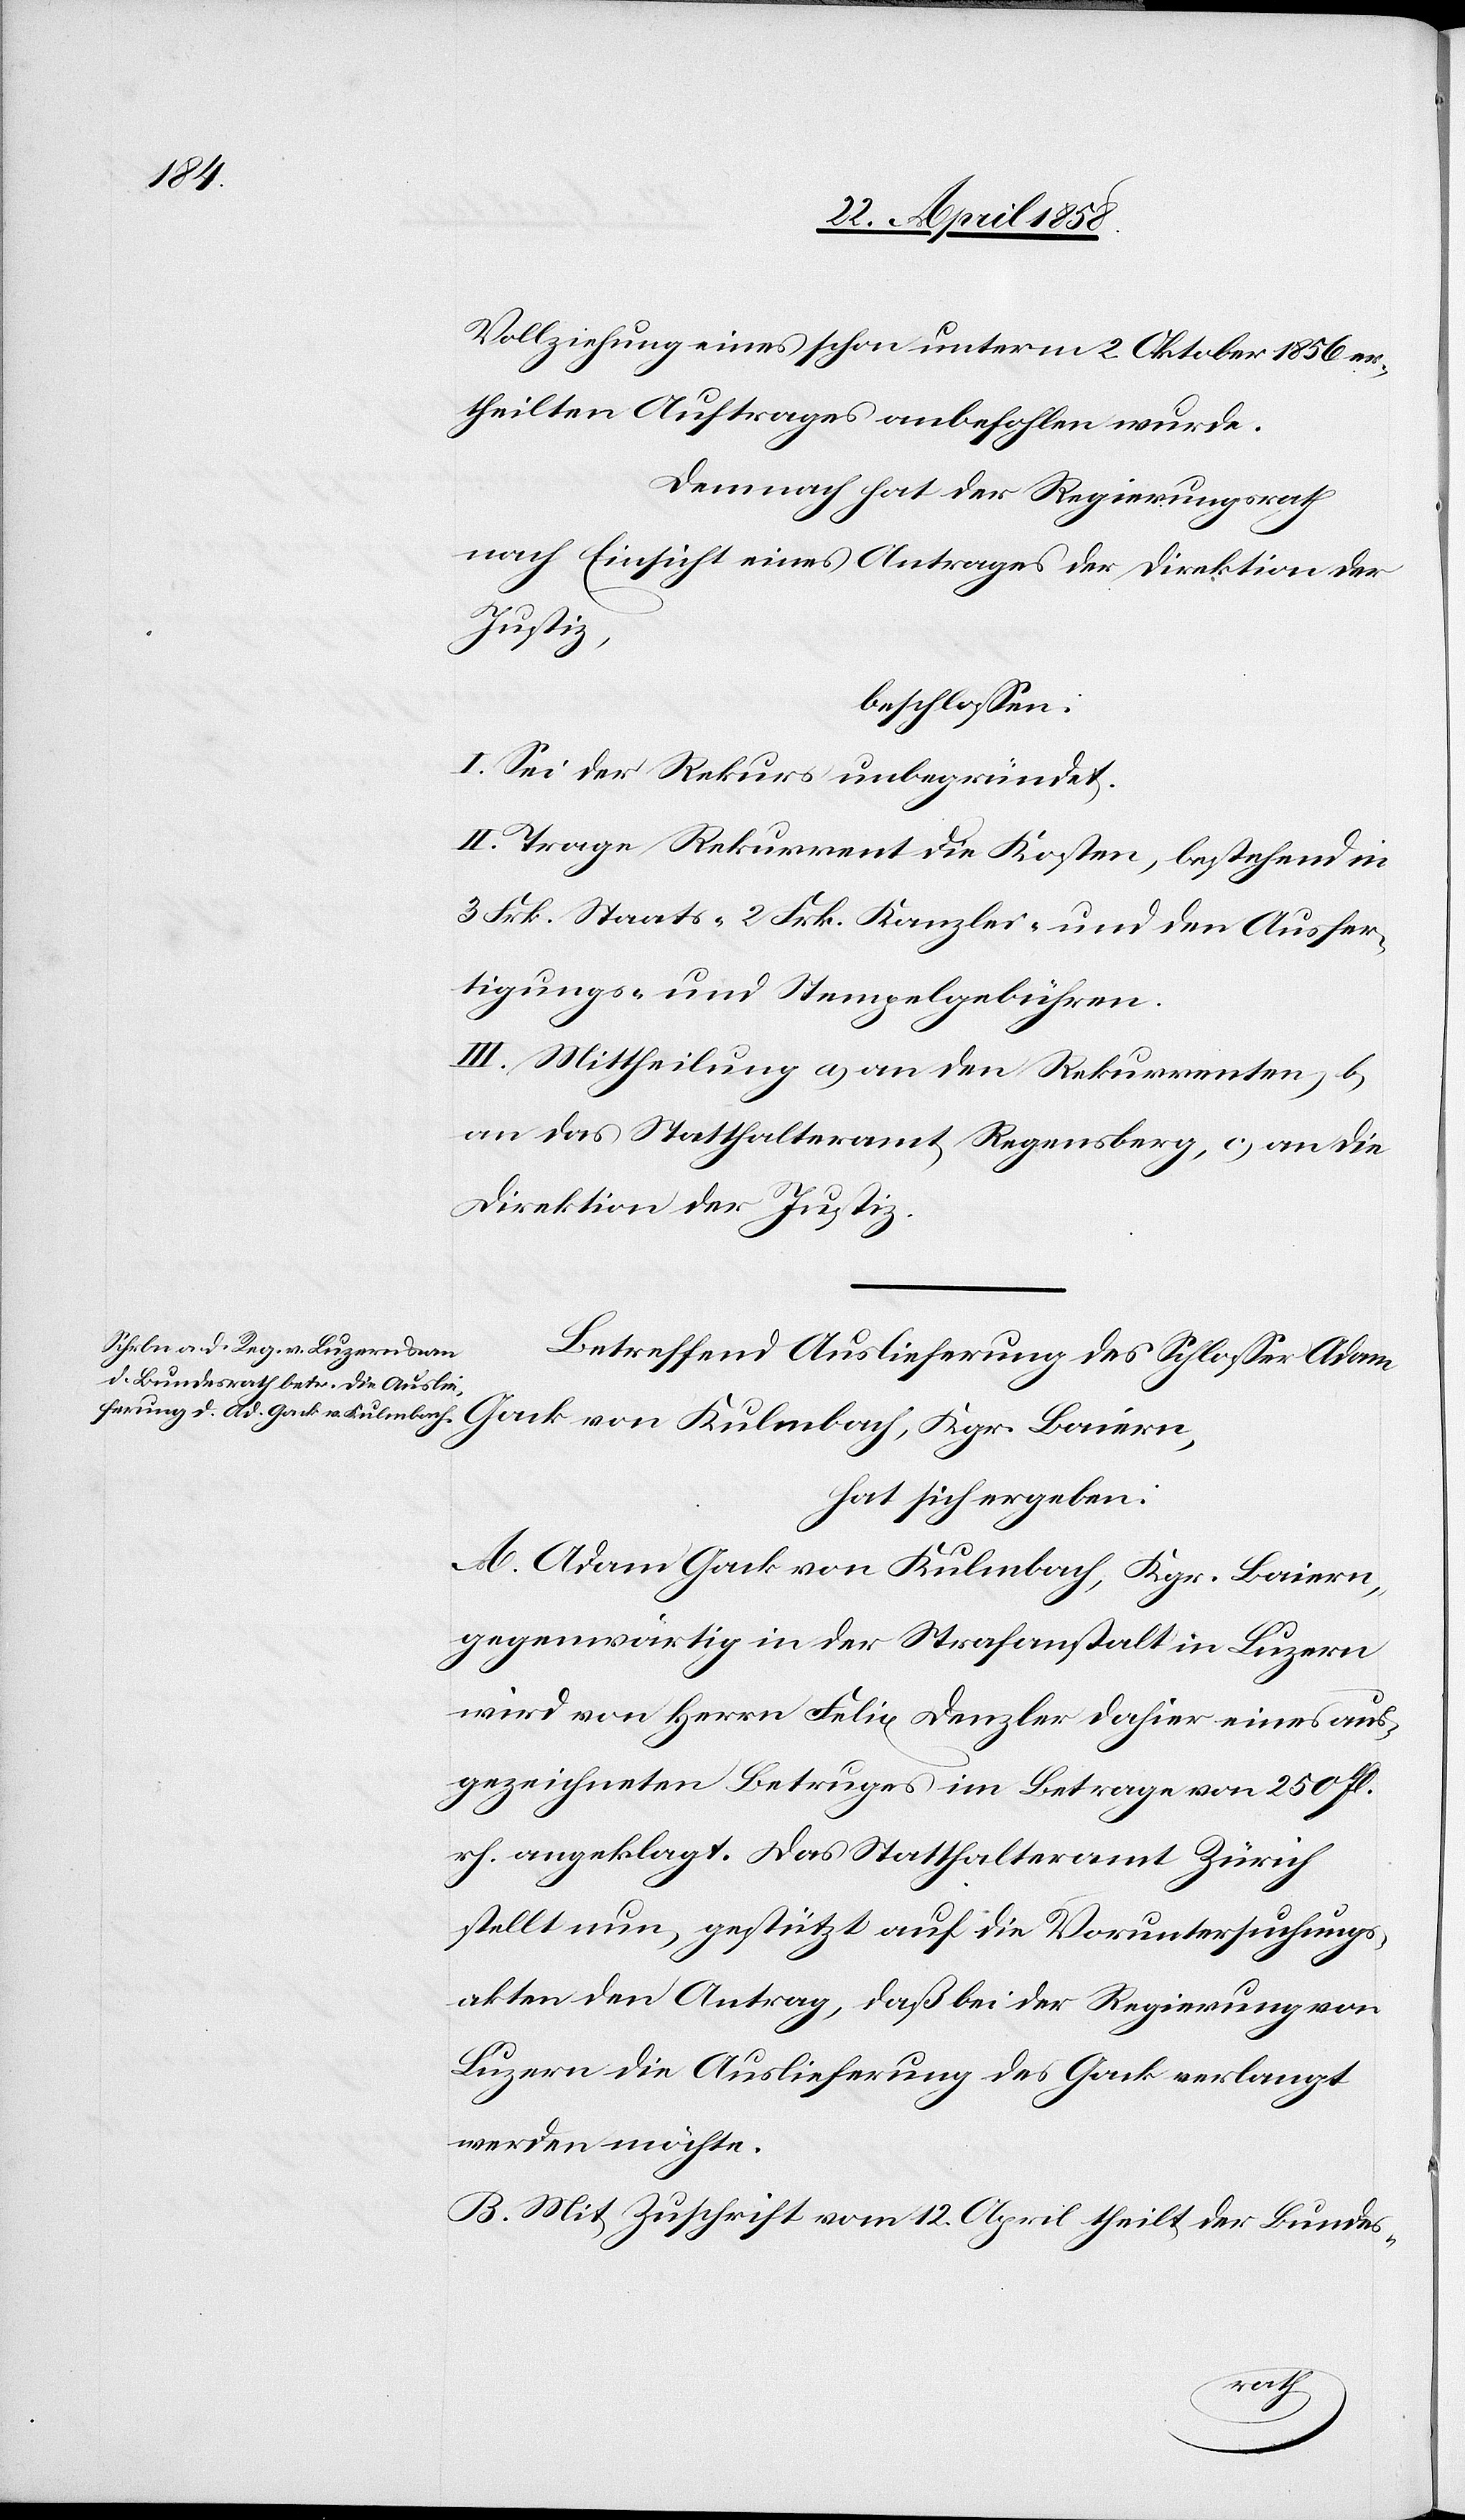
Vollziehung eines schon unterm 2. Oktober 1856 er¬
theilten Auftrages anbefohlen wurde.
Demnach hat der Regierungsrath
nach Einsicht eines Antrages der Direktion der
Justiz,
beschlossen:
I. Sei der Rekurs unbegründet.
II. Trage Rekurrent die Kosten, bestehend in
3 Frk. Staats-[,] 2 Frk. Kanzlei- und den Ausfer¬
tigungs- und Stempelgebühren.
III. Mittheilung a) an den Rekurrenten, b)
an das Statthalteramt Regensberg, c) an die
Direktion der Justiz.
Betreffend Auslieferung des Schlosser Adam
Gack von Kulmbach, Kgr. Baiern,
hat sich ergeben:
A. Adam Gack von Kulmbach, Kgr. Baiern,
gegenwärtig in der Strafanstalt in Luzern
wird von Herrn Felix Denzler dahier eines aus¬
gezeichneten Betruges im Betrage von 250 fl.
rh. angeklagt. Das Statthalteramt Zürich
stellt nun, gestützt auf die Voruntersuchungs¬
akten den Antrag, daß bei der Regierung von
Luzern die Auslieferung des Gack verlangt
werden möchte.
B. Mit Zuschrift vom 12. April theilt der Bundes-